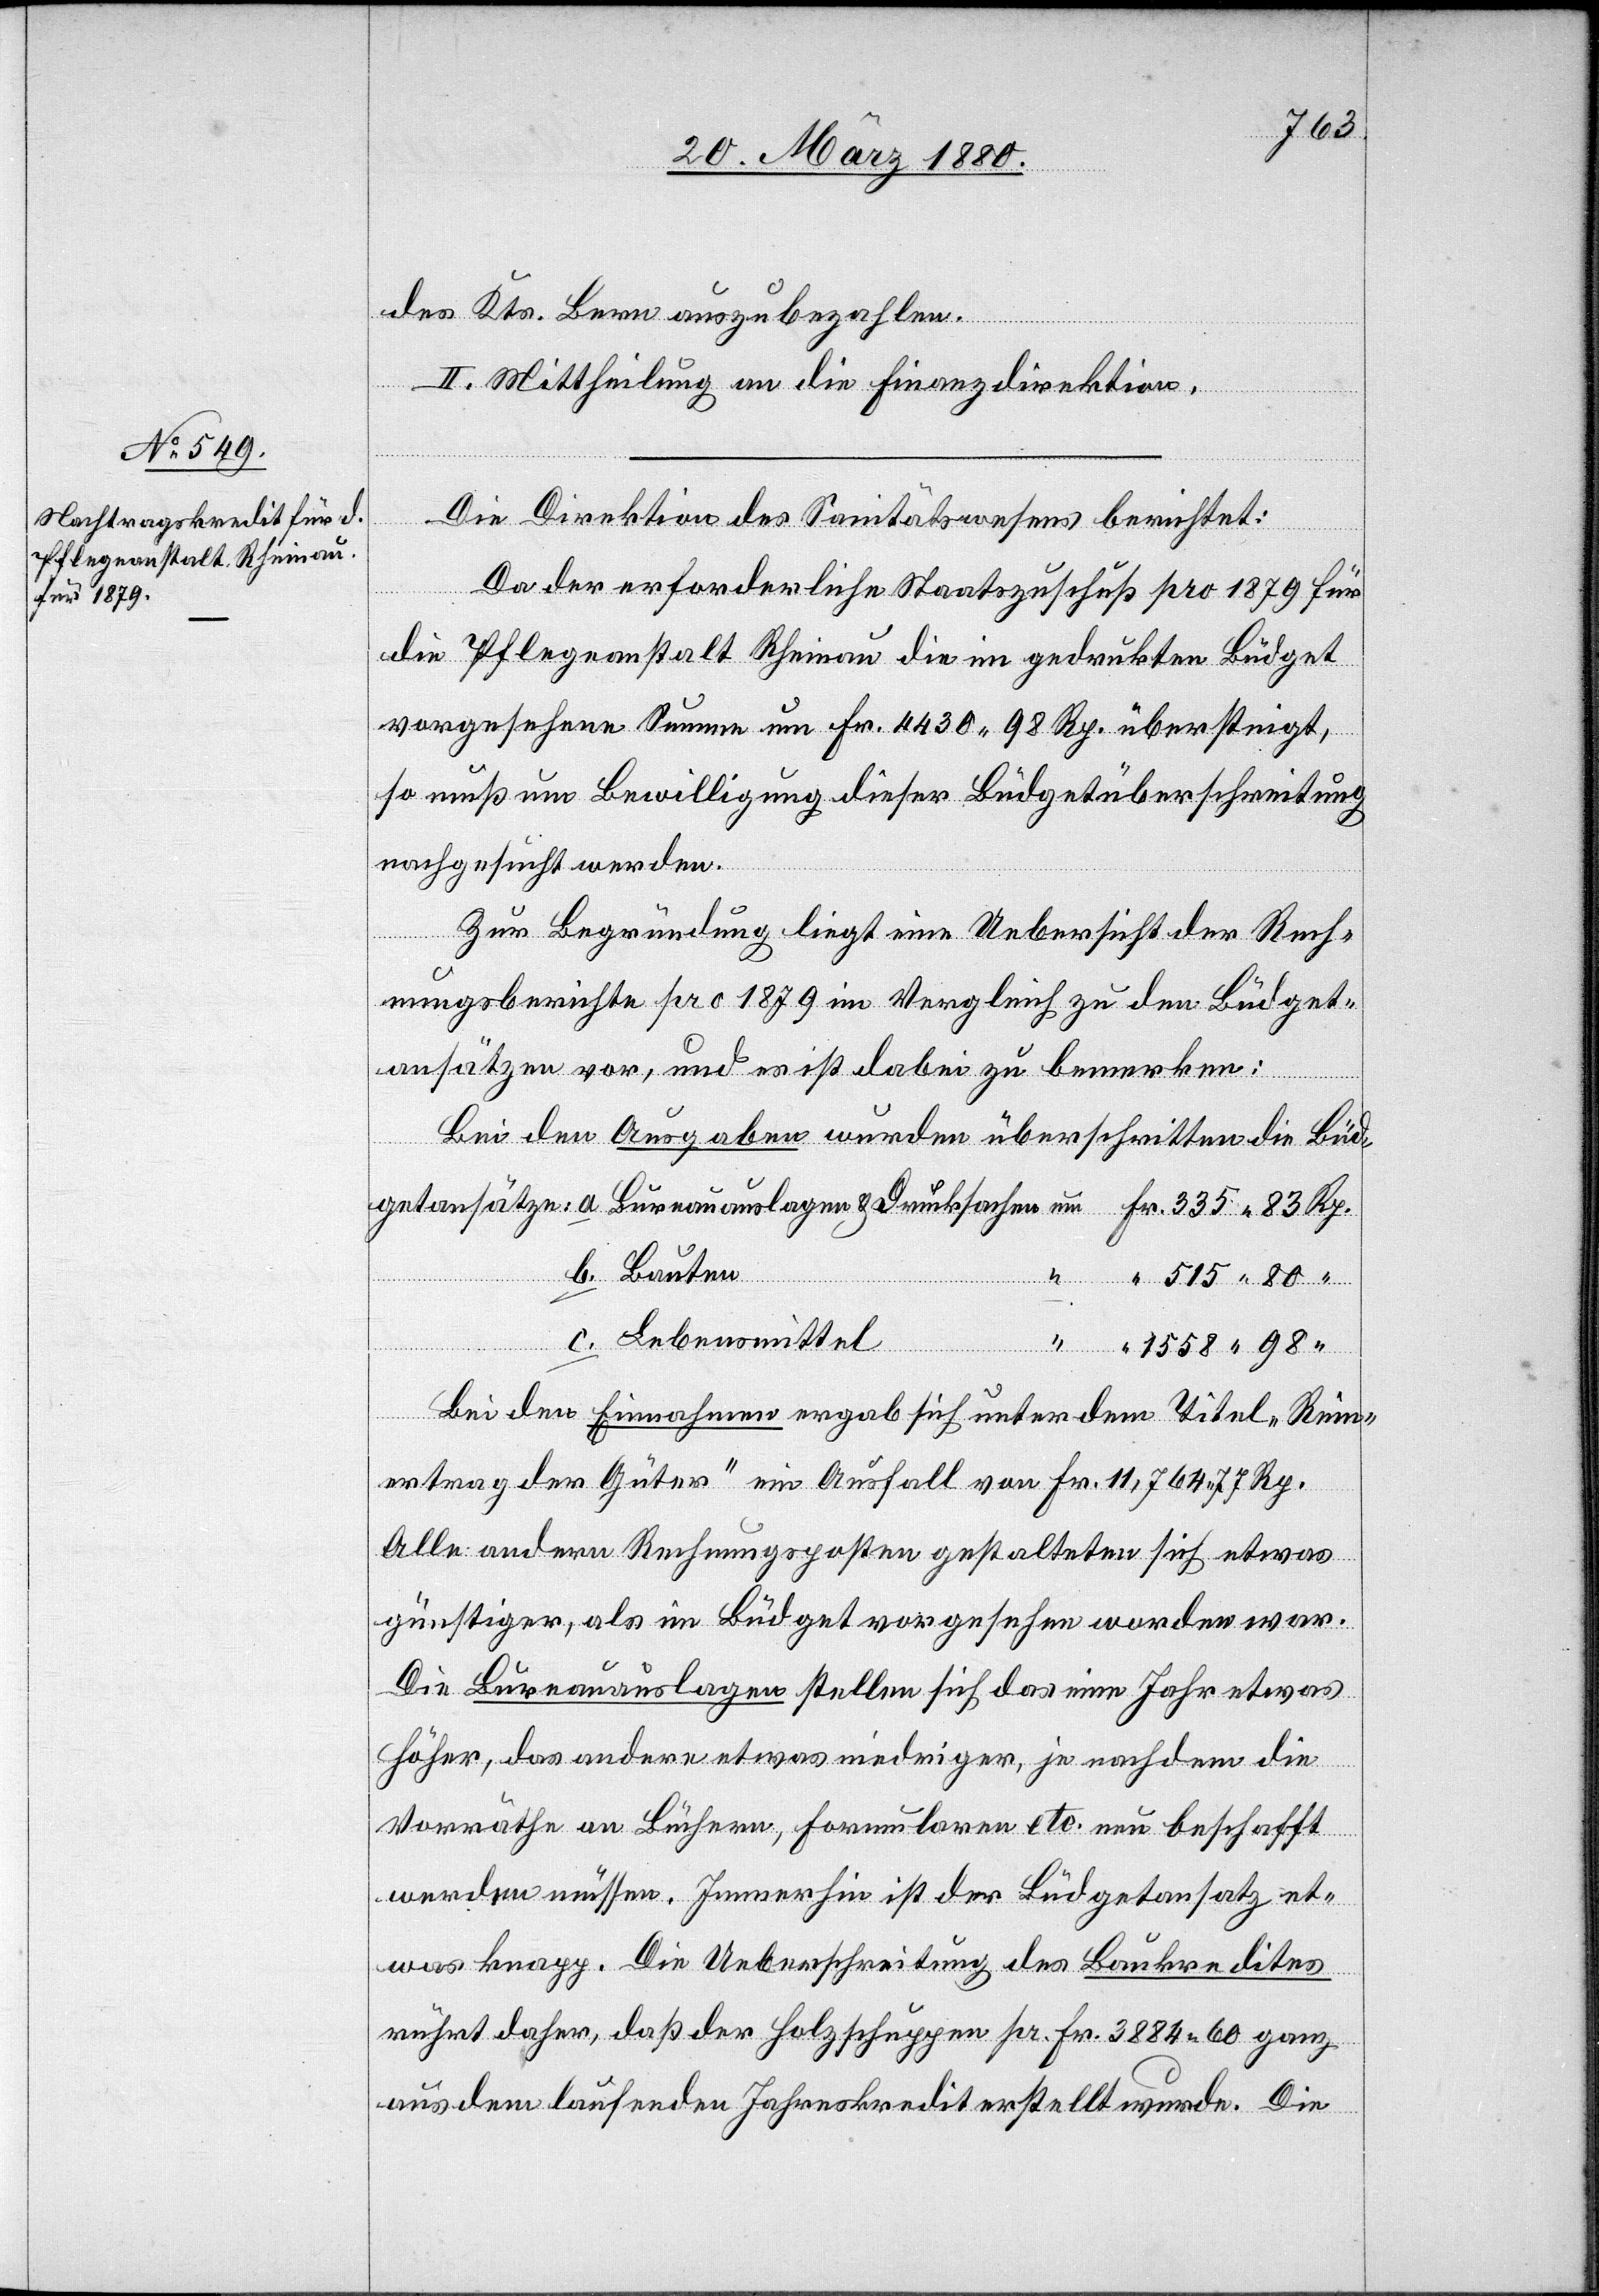
1558.
des Kts. Bern ausbezahlen.
II. Mittheilung an die Finanzdirektion.
Die Direktion des Sanitätswesens berichtet:
Da der erforderliche Staatszuschuß pro 1879 für
die Pflegeanstalt Rheinau die im gedruckten Büdget
vorgesehene Summe um Fr. 4430.98 Rp. übersteigt,
so muß um Bewilligung dieser Büdgetüberschreitung
nachgesucht werden.
Zur Begründung liegt eine Uebersicht der Rech¬
nungsberichte pro 1879 im Vergleich zu den Büdget¬
ansätzen vor, und es ist dabei zu bemerken:
Bei den Ausgaben wurden überschritten die Büdge¬
c.
“
335.
um
Bei den Einnahmen ergab sich unter dem Titel „Rein¬
ertrag der Güter“ ein Ausfall von Fr. 11, 764.77 Rp.
Alle andern Rechnungsposten gestalten sich etwas
günstiger, als im Büdget vorgesehen worden war.
Die Bureauauslagen stellen sich das eine Jahr etwas
höher, das andere etwas niedriger, je nachdem die
“
Vorräthe an Büchern, Formularen etc. nun beschafft
werden müssen. Immerhin ist der Büdgetansatz et¬
was knapp. Die Ueberschreitung des Baukredites
rührt daher, daß der Holzschuppen pr. Fr. 3884.60 ganz
aus dem laufenden Jahreskredit erstellt wurde. Die